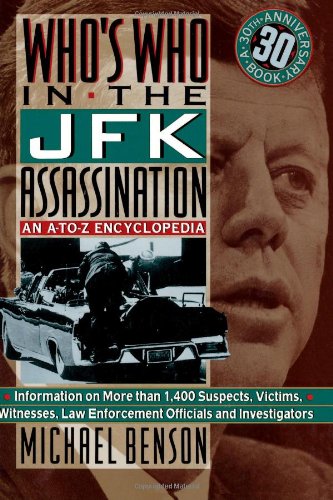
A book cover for Who's Who In The JFK Assassination: An A to Z Encyclopedia; Michael Benson; Reference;